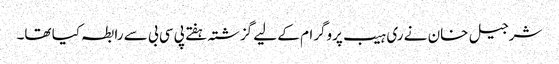
شرجیل خان نے ری ہیب پروگرام کے لیے گزشتہ ہفتے پی سی بی سے رابطہ کیا تھا۔